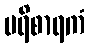
ပရိစာရကံ